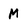
Character: M